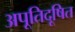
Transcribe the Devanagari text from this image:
अपूतिदूषित